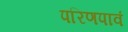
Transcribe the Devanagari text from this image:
परिणपावं